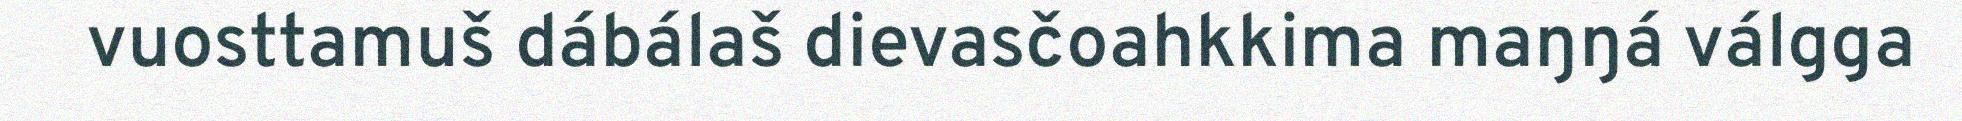
vuosttamuš dábálaš dievasčoahkkima maŋŋá válgga